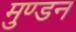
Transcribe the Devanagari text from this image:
मुण्डन